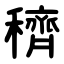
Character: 穧